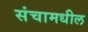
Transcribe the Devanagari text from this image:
संचामधील